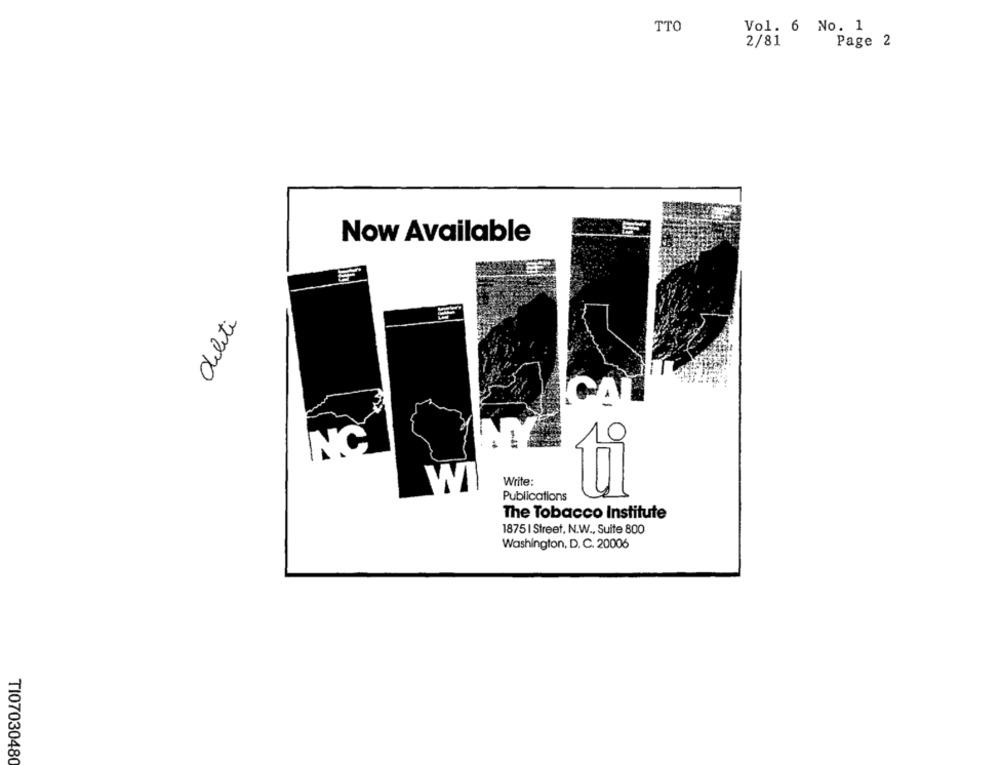
TTO
Vol. 6 No. 1
2/81
Page 2
Now Available
delete
CAL
C
Write:
WI
Publications
The Tobacco Institute
1875 | Street, N.W ., Suite 800
Washington, D. C. 20006
TI07030480